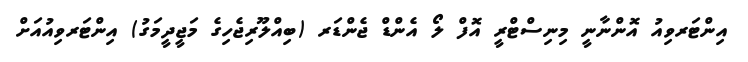
އިންޓަރވިއު އޮންނާނީ މިނިސްޓްރީ އޮފް ލޯ އެންޑް ޖެންޑަރ (ބިއްލޫރިޖެހިގެ މަޖީދީމަގު) އިންޓަރވިއުއަށް